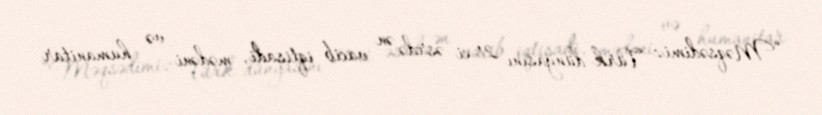
“Məqsədimiz Türk dünyasını 21-ci əsrdə ən vacib iqtisadi, mədəni və humanitar